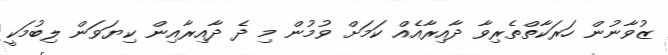
ޒުވާނުން ހަރަކާތްތެރިވާ ދާއިރާއެއް ކަމަށް ވުމުން މި ދެ ދާއިރާއިން ކިޔަވަން ލިބުމަކީ